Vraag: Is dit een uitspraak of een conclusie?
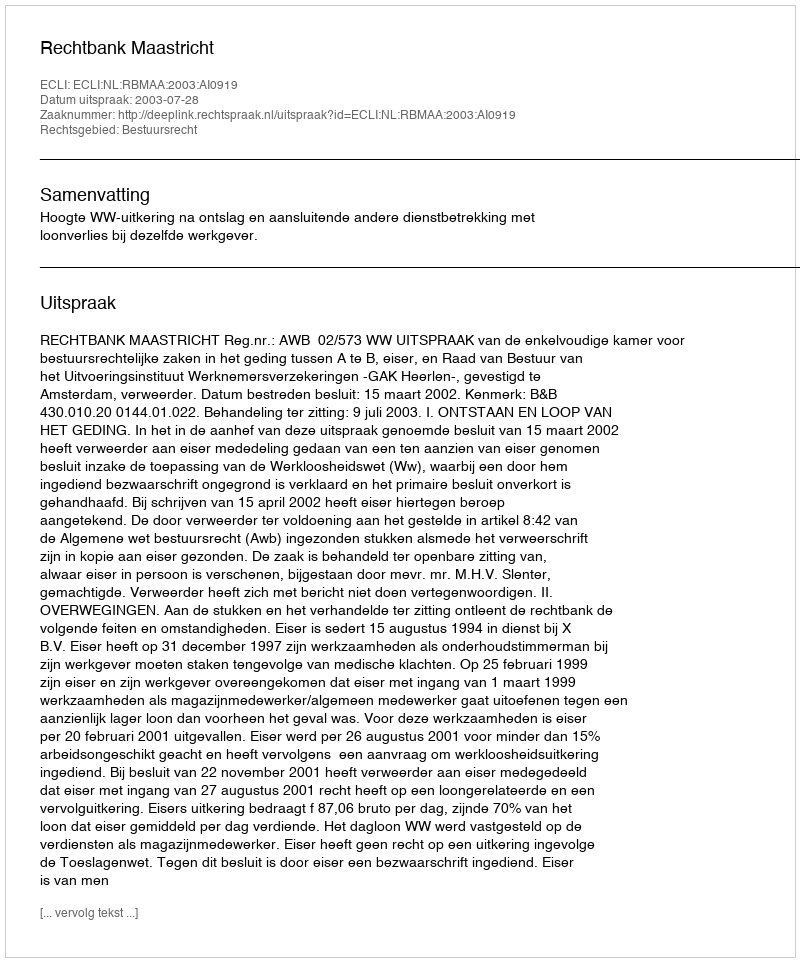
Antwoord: Uitspraak